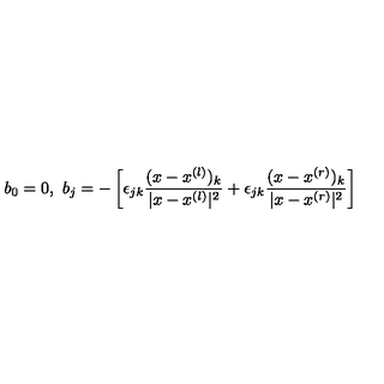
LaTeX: b _ { 0 } = 0 , \ b _ { j } = - \left[ \epsilon _ { j k } \frac { ( x - x ^ { ( l ) } ) _ { k } } { | x - x ^ { ( l ) } | ^ { 2 } } + \epsilon _ { j k } \frac { ( x - x ^ { ( r ) } ) _ { k } } { | x - x ^ { ( r ) } | ^ { 2 } } \right]